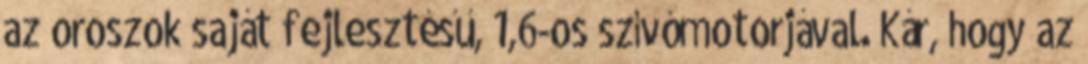
az oroszok saját fejlesztésű, 1,6-os szívómotorjával. Kár, hogy az